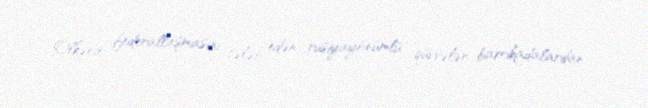
Ölkənin federallaşmasını tələb edən rusiyayönümlü qüvvələr barrikadalardan